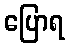
ပြောရ